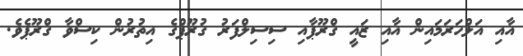
އާއި އަލްހަރަމައިން އާއި ޒައީ ގްރޫޕާއި ސިސިލްފަރު ގުރޫޕްގެ އިތުރުން ކިސްވާ ގްރޫޕެވެ.